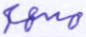
مسهم